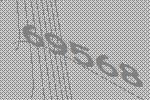
69568